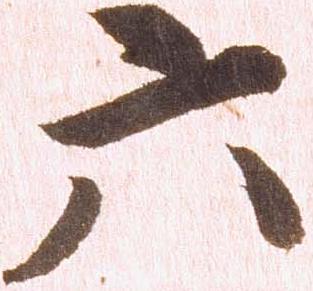
六